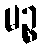
မဉ္စ